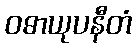
ဝဓာယုပနီတံ